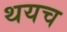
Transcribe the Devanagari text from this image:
थयच